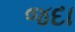
જદા